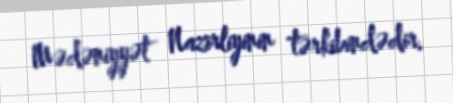
Mədəniyyət Nazirliyinin tərkibindədir.